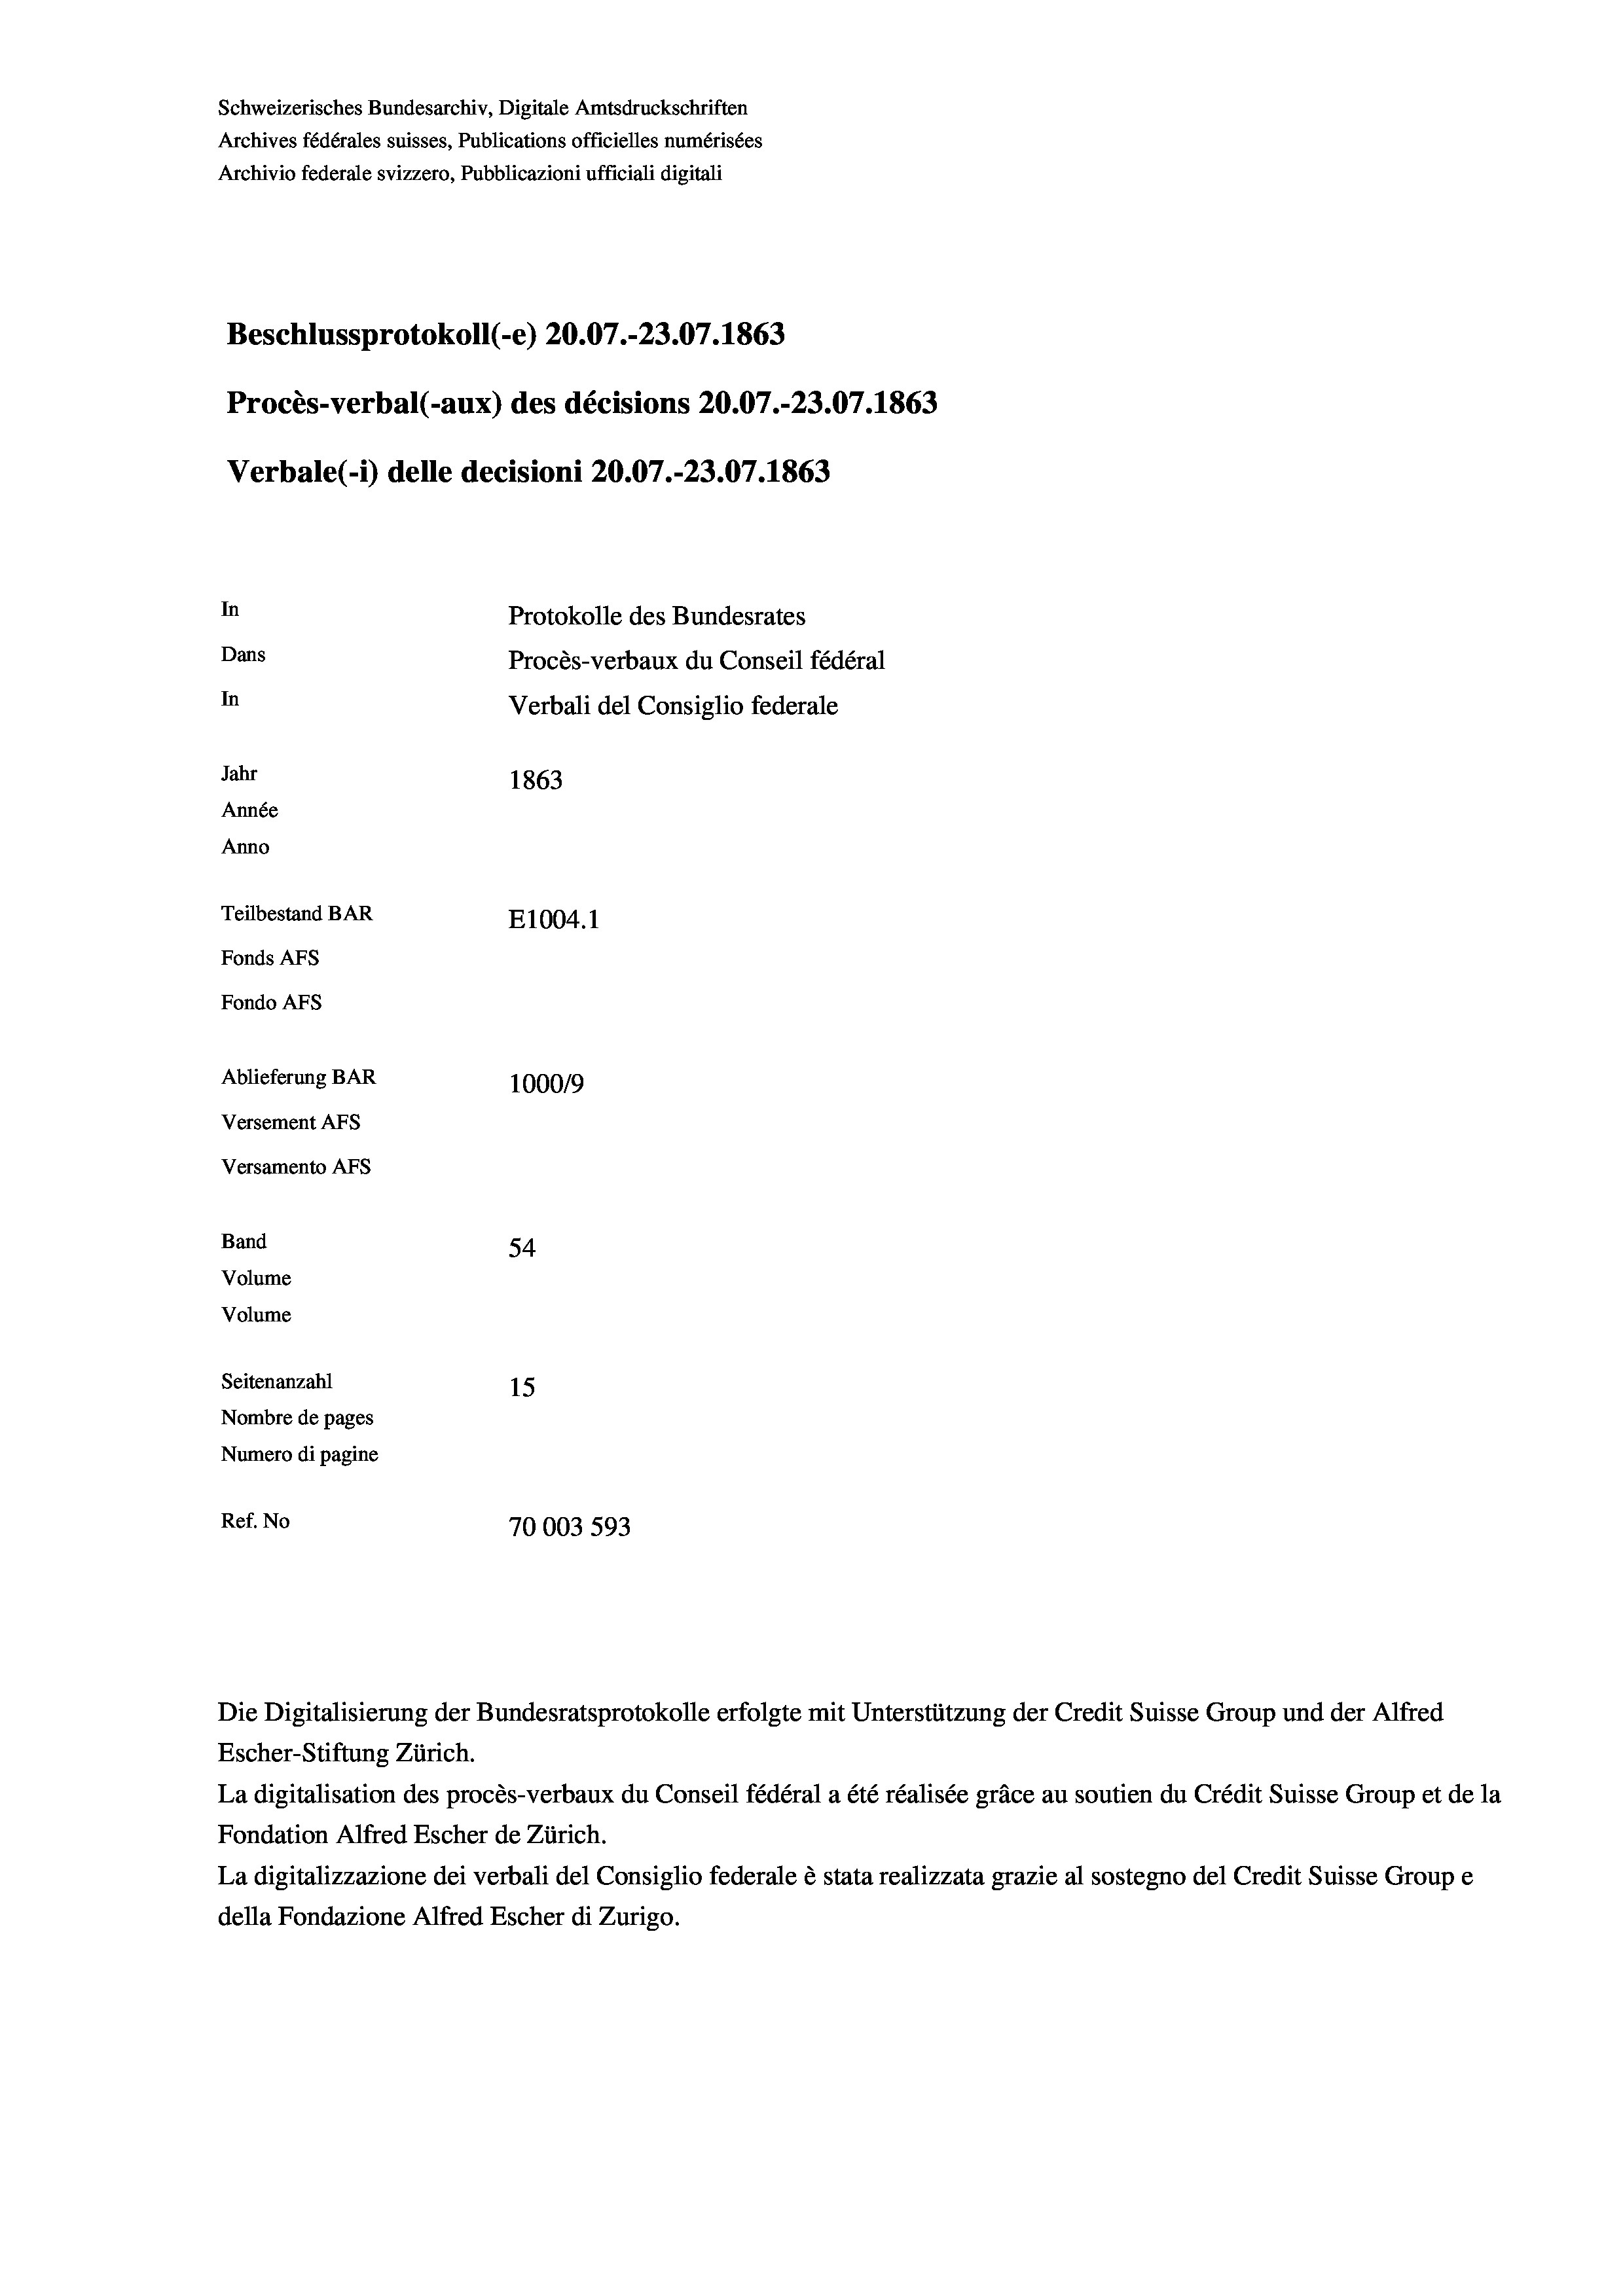
Schweizerisches Bundesarchiv, Digitale Amtsdruckschriften
Archives fédérales suisses, Publications officielles numérisées
Archivio federale svizzero, Pubblicazioni ufficiali digitali
Beschlussprotokoll (-e) 20.07.-23.07. 1863
Procès-verbal (-aux) des décisions 20.07.-23.07. 1863
Verbale (- 1) delle decisioni 20.07.-23.07. 1863
In
Protokolle des Bundesrates
Dans
Procès-verbaux du Conseil fédéral
In
Verbali del Consiglio federale
Jahr
1863
Année
Anno
Teilbestand BAR
E1004. 1
Fonds AFs
Fondo AFS
Ablieferung BAR
100019
Versement AFs
Versamento AFs
Band
54
Volume
Volume

Seitenanzahl
15
Nombre de pages
Numero di pagine
Ref. No
70003 593

Escher-Stiftung Zürich.
La digitalisation des procès-verbaux du Conseil fédéral a été réalisée gräce au soutien du Crédit Suisse Group et de la
Fondation Alfred Escher de Zürich.
La digitalizzazione dei verbali del Consiglio federale è stata realizzata grazie al sostegno del Credit Suisse Groupe
della Fondazione Alfred Escher di Zurigo.

Die Digitalisierung der Bundesratsprotokolle erfolgte mit Unterstützung der Credit Suisse Group und der Alfred